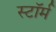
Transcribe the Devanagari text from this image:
स्टाॅर्म